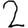
Digit: 2